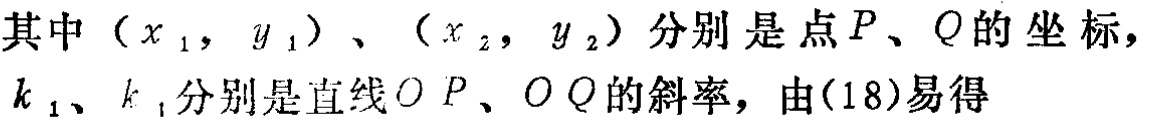
其中\((x_1, y_1)\)、\((x_2, y_2)\)分别是点\(P\)、\(Q\)的坐标，\(k_1\)、\(k_2\)分别是直线\(OP\)、\(OQ\)的斜率，由(18)易得